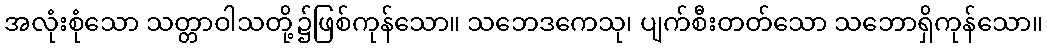
အလုံးစုံသော သတ္တာဝါသတို့၌ဖြစ်ကုန်သော။ သဘေဒကေသု၊ ပျက်စီးတတ်သော သဘောရှိကုန်သော။